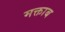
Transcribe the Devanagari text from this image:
मक्ताब